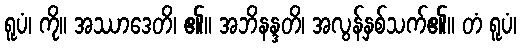
ရူပံ၊ ကို။ အဿာဒေတိ၊ ၏။ အဘိနန္ဒတိ၊ အလွန်နှစ်သက်၏။ တံ ရူပံ၊